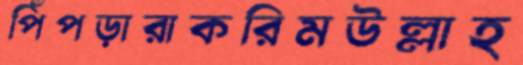
পিঁপড়ারাকরিমউল্লাহ